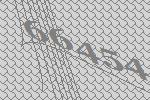
66454